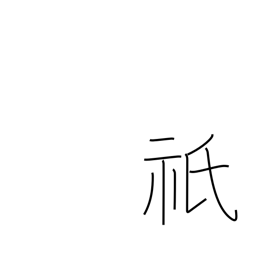
Meaning: great